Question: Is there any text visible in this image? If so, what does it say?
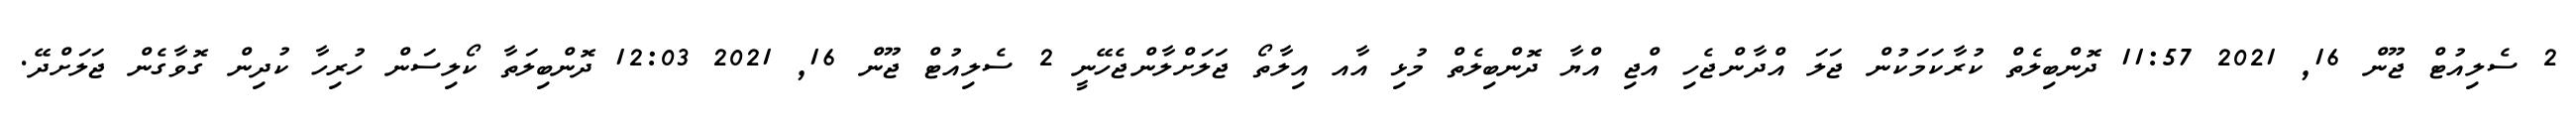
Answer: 2 ސެލިއުޓް ޖޫން 16, 2021 11:57 ދޮންބިލެތް ކުރާކަމަކުން ޖަލަ އްދާންޖެހި އްޖި އްޔާ ދޮންބިލެތް މުޅި އާއ އިލާތޯ ޖަލަށްލާންޖެހޭނީ 2 ސެލިއުޓް ޖޫން 16, 2021 12:03 ދޮންބިލަތާ ކޯލިސަން ހުރިހާ ކުދިން ގޮވާގެން ޖަލަށްދޭ.